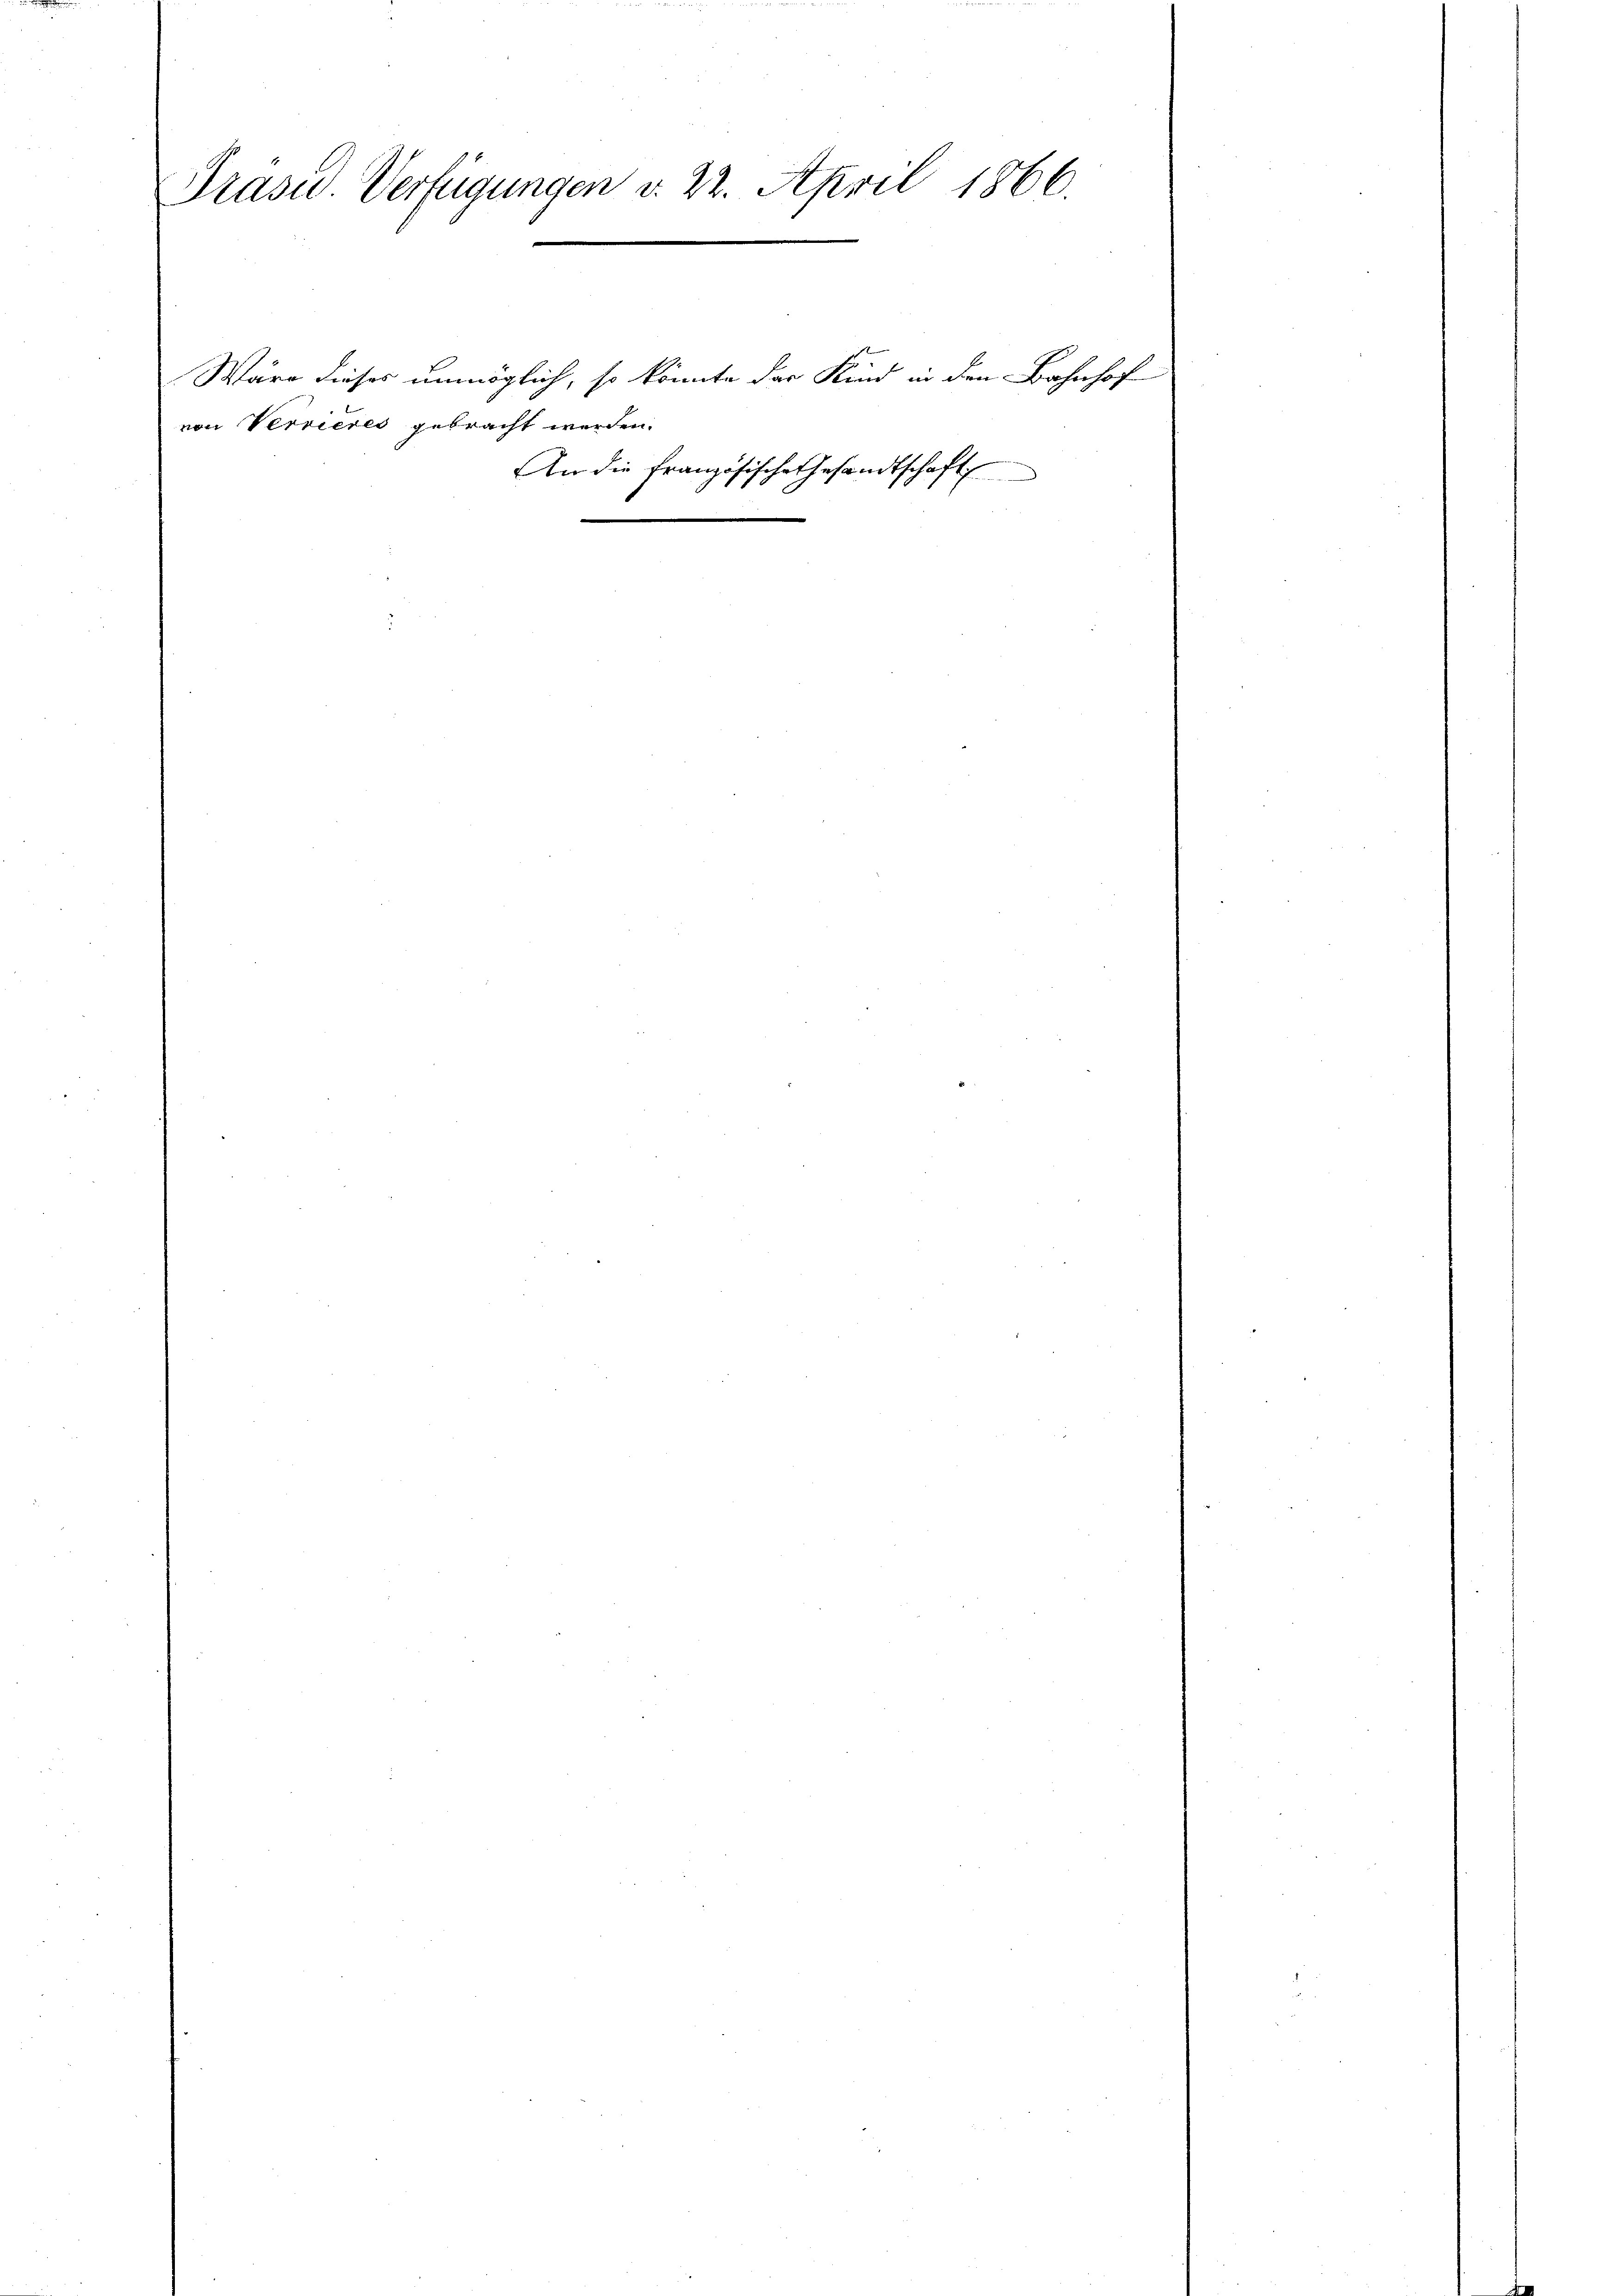
Präsid. Verfügungen v. 22. April 1866.
e

Wäre dieses unmöglich, so könnte der Kind in den Bahnhof
von Verrieres gebracht werden.
An die Französische Gesandtschaft